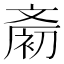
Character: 𪯨